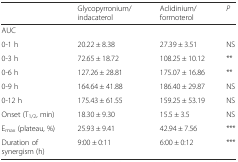
<table><thead><tr><td></td><td><b>Glycopyrronium/indacaterol</b></td><td><b>Aclidinium/formoterol</b></td><td><b><i>P</i></b></td></tr></thead><tbody><tr><td>AUC</td><td></td><td></td><td></td></tr><tr><td>0-1 h</td><td>20.22 ± 8.38</td><td>27.39 ± 3.51</td><td>NS</td></tr><tr><td>0-3 h</td><td>72.65 ± 18.72</td><td>108.25 ± 10.12</td><td>**</td></tr><tr><td>0-6 h</td><td>127.26 ± 28.81</td><td>175.07 ± 16.86</td><td>**</td></tr><tr><td>0-9 h</td><td>164.64 ± 41.88</td><td>186.40 ± 29.87</td><td>NS</td></tr><tr><td>0-12 h</td><td>175.43 ± 61.55</td><td>159.25 ± 53.19</td><td>NS</td></tr><tr><td>Onset (T<sub>1/2</sub>, min)</td><td>18.30 ± 9.30</td><td>15.5 ± 3.5</td><td>NS</td></tr><tr><td>E<sub>max</sub> (plateau, %)</td><td>25.93 ± 9.41</td><td>42.94 ± 7.56</td><td>***</td></tr><tr><td>Duration of synergism (h)</td><td>9:00 ± 0:11</td><td>6:00 ± 0:12</td><td>***</td></tr></tbody></table>